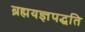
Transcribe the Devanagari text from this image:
ब्रह्मयज्ञपद्धति